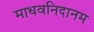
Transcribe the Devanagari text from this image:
माधवनिदानम